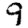
Digit: 9